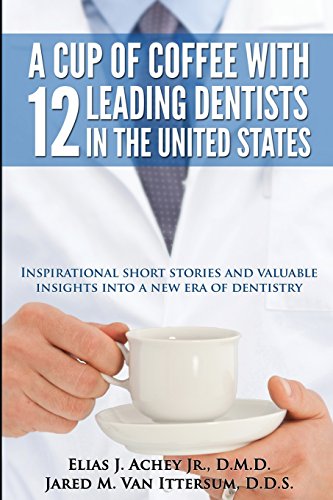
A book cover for A Cup Of Coffee With 12 Leading Dentists In The United States: Inspirational short stories and valuable insights into a new era of dentistry; Elias J. Achey Jr. D.M.D; Medical Books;